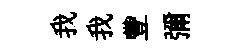
我我豐彌